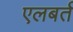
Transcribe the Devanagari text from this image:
एलबर्त